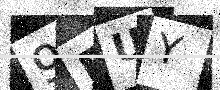
Text: 9PUY